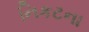
નિકટના